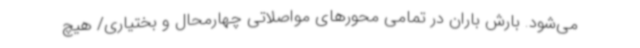
می‌شود. بارش باران در تمامی محورهای مواصلاتی چهارمحال و بختیاری/ هیچ